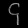
Digit: ၄